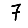
Digit: 7